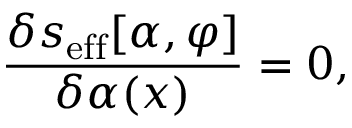
{ \frac { \delta s _ { \mathrm { e f f } } [ \alpha , \varphi ] } { \delta \alpha ( x ) } } = 0 ,